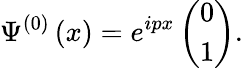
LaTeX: \Psi^{\left(0\right)}\left(x\right)=e^{ipx}\left(\begin{array}{c}{{0}}\\ {{1}}\end{array}\right).